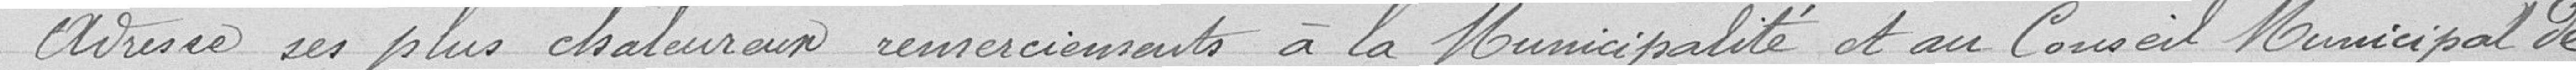
adresse des plus chaleureux remerciements à la Municipalité et au Conseil Municipal de